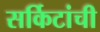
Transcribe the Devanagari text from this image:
सर्किटांची